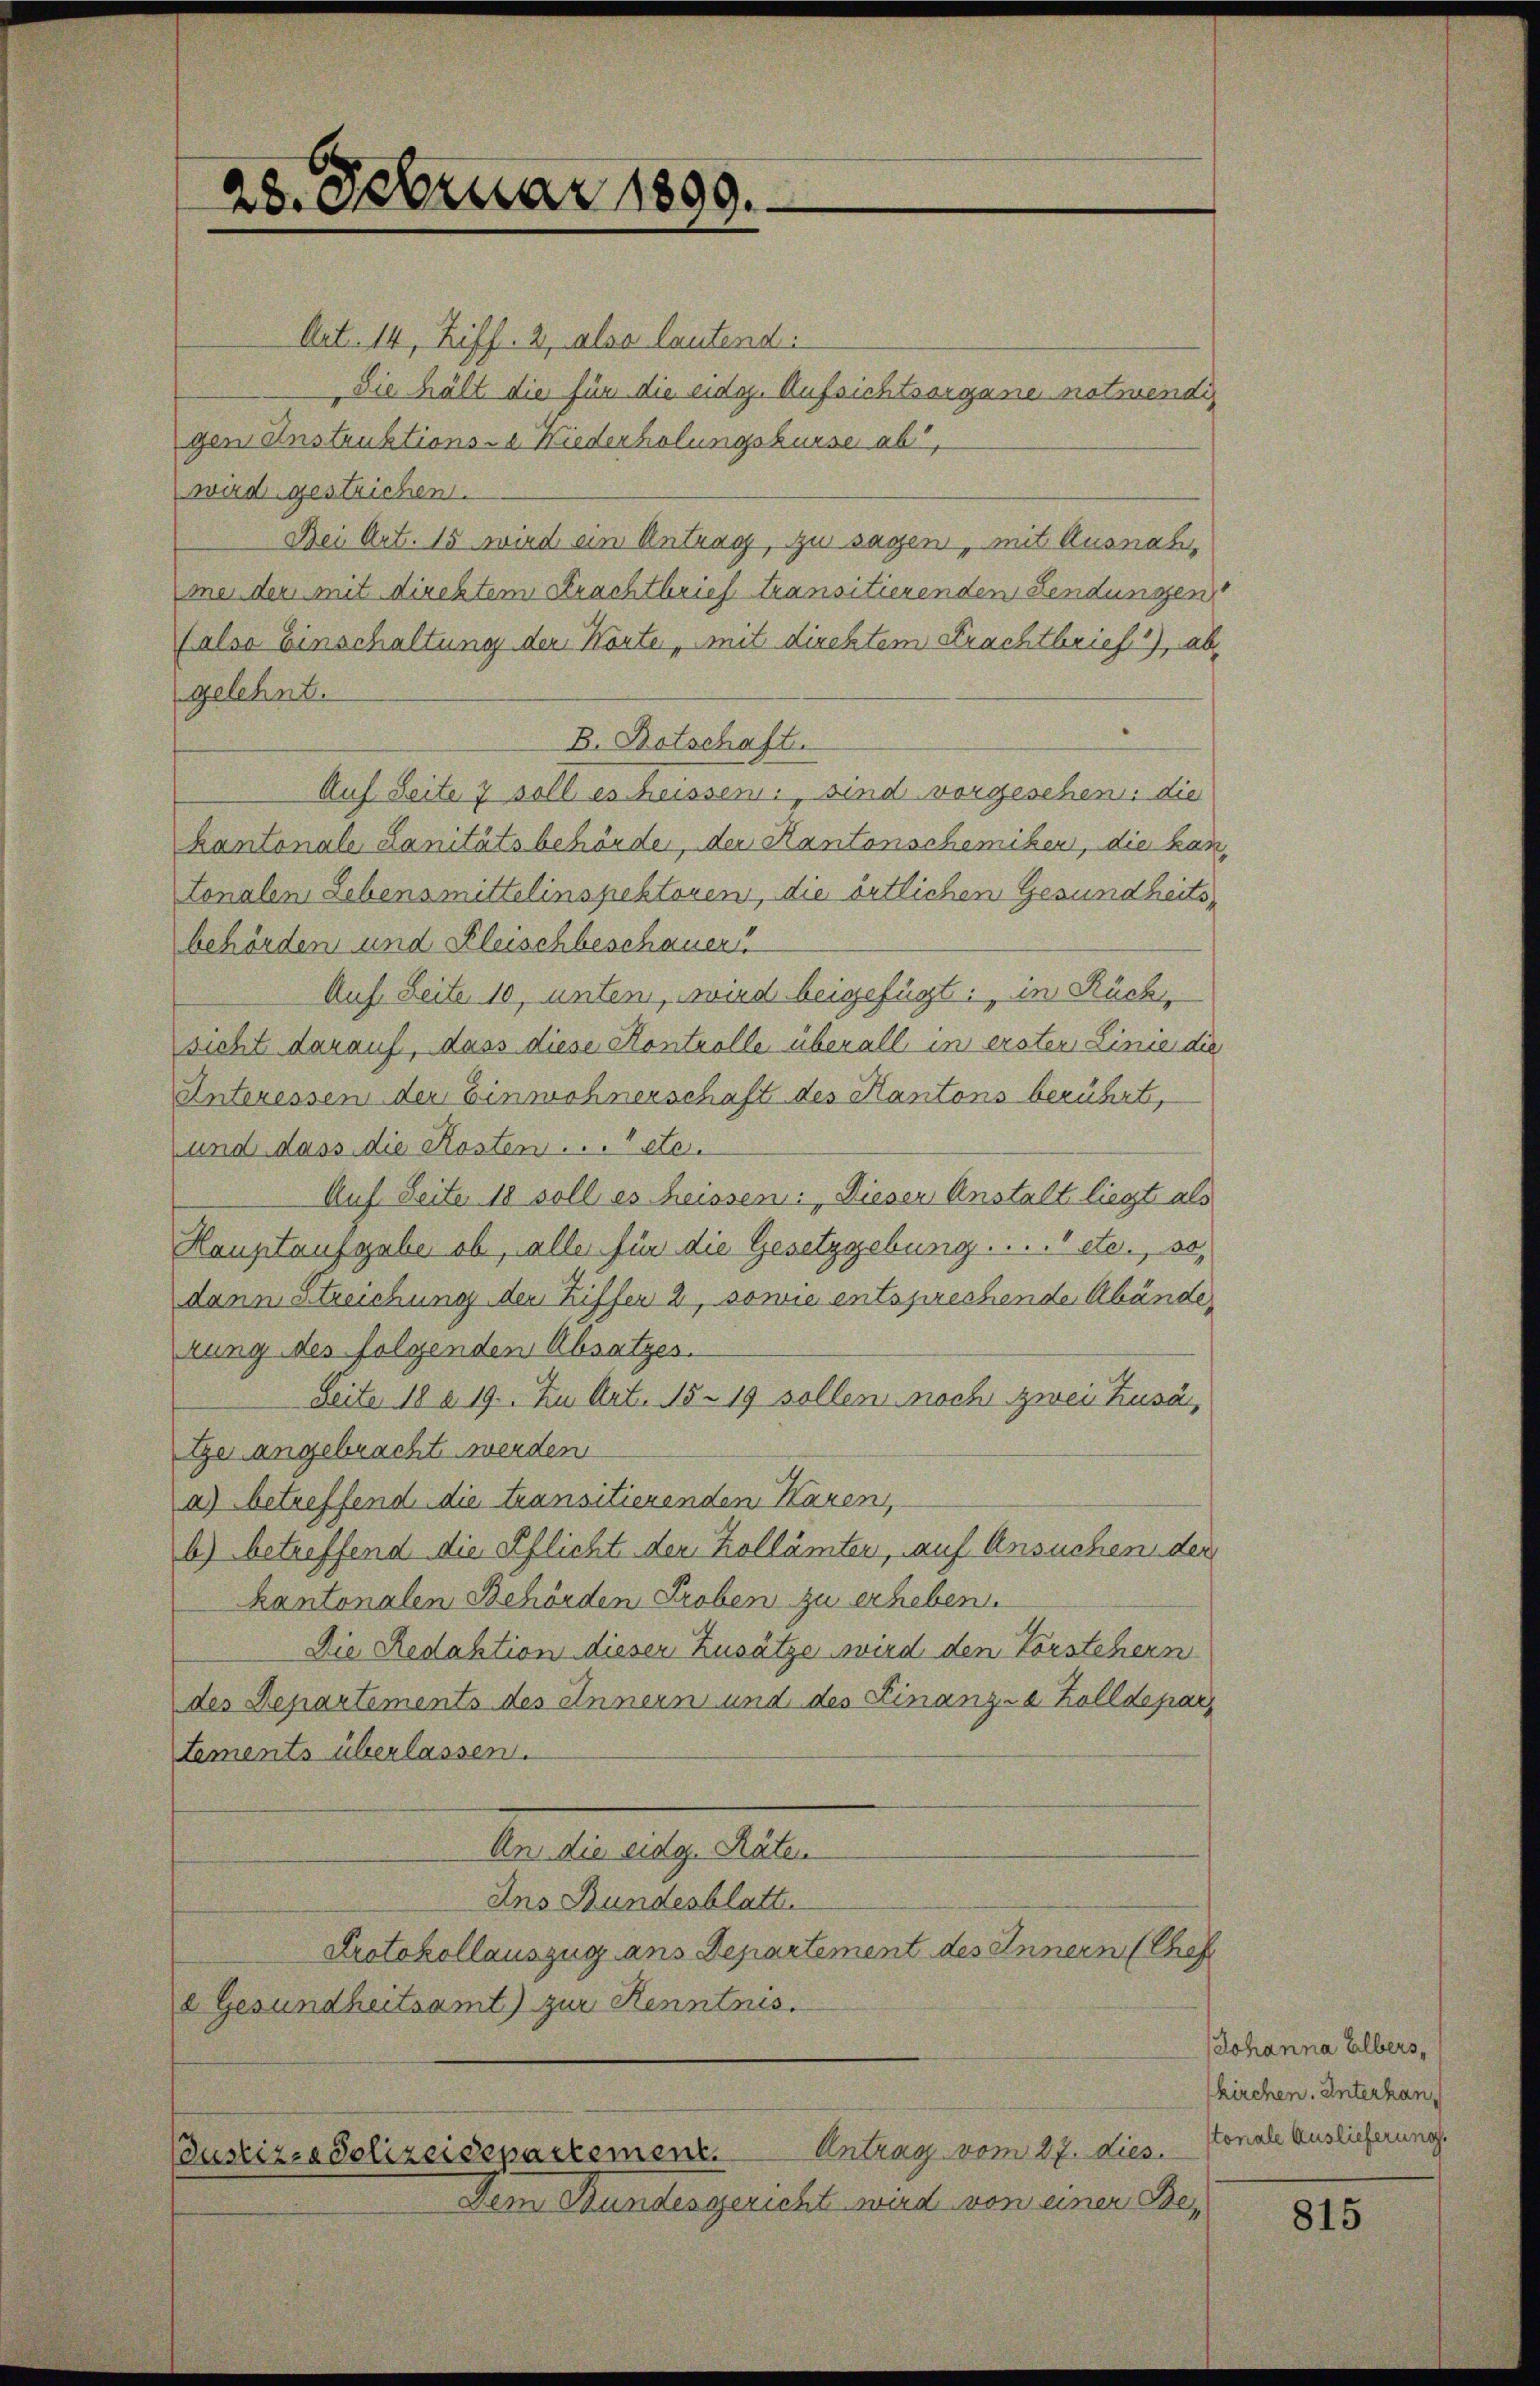
28. Februar 1899.

Art. 14, Ziff. 2, also lautend:
Sie hält die für die eidg. Aufsichtsorgane notwendi
gen Instruktions- & Niederholungskurse ab,
wird gestrichen.
Bei Art. 15 wird ein Antrag, zu sagen, mit Ausnah
mer der mit direktem Krachtbrief transitierenden Fendungen
(alse Einschaltung der Worte „mit direktem Krachtbrief 1), ab
gelehnt.
B. Botschaft.
Auf Seite 7 soll es heissen: sind vorgesehen: die
kantonale Lanitätsbehörde, der Kantonschemiken, die kan
tonalen Lebensmittelinspektoren, die örtlichen Gesundheitsbehörden und Kleischbeschauers
Auf. Seite 10, unter, wird beigefügt: in Rücksicht darauf, dass diese Kontrolle überall in ersten Linie die
Interessen der Einwohnerschaft des Kantons berührt,
und dass die Kosten . . . etc.
Auf Seite 18 soll es heissen: Dieser Anstalt liegt als
Hauptausgabe ob, alles für die Gesetzgebung . . . . 1 etc., 50
dann ertreichung der Ziffer 2, sowie entsprechende Abände,
rung des folgenden Absatzes.
Seite 18 a 19. In Art. 15. 19 sollen noch zwei Kusa,
tze angebracht werden
a) betreffend die transitierenden Karen,
b) betreffend die Pflicht den Hollämten, auf Ansuchen der
kantonalen Behörden Proben zu erheben.
Die Redaktion dieser Zusätze wird den Vorstehern
des Departements des Innern und des Finanz-a Zolldepar
tements überlassen.
An die eidg. Räten
Ins Bundesblatt.
Protokollauszug aus Departement des Innern (Chef
e Gesundheitsamt) zur Kenntnis.

Antrag vom 27. dies
Coustizza Polizeidepartement.
Dem Bundesgericht wird von einer Be¬

Johanna Elbers,
kirchen. Unterhan
tonale Auslieferung.

815